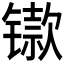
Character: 𫔋